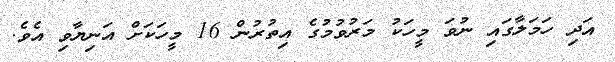
އަދި ހަމަލާގައި ނުވަ މީހަކު މަރުވުމުގެ އިތުރުން 16 މީހަކަށް އަނިޔާވި އެވެ.